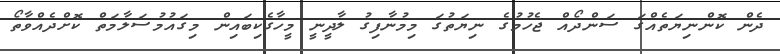
ދެން ކޮންނިޔަތެއްގަ ސަންދޯއް ޖެހުމުގެ ނިޔަތުގަ މިމުނާފިގު ލާދީނީ މީހާގެކިބައިން މިގައުމުސަލާމަތް ކޮށްދެއްވާތޯ